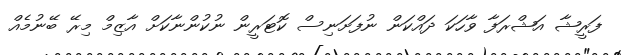
ފަރީޝާ އަޝްރަފާ ވާހަކަ ދައްކަން ނުފަށަނިސް ކޮޓަރީން ނުކުންނާކަށް އާޒިމް މިރޭ ބޭނުމެއް